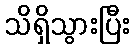
သိရှိသွားပြီး